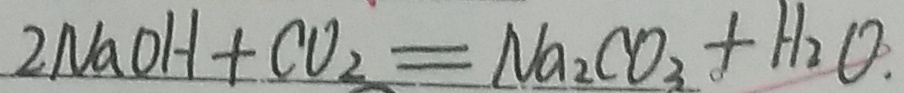
2 N a O H + C O _ { 2 } = N a _ { 2 } C O _ { 3 } + H _ { 2 } O .